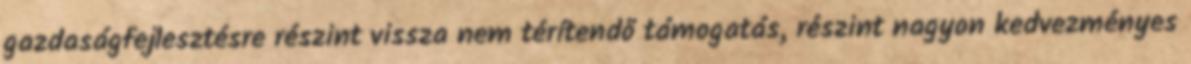
gazdaságfejlesztésre részint vissza nem térítendő támogatás, részint nagyon kedvezményes